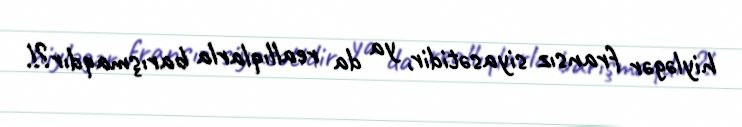
hiyləgər fransız siyasətidir, ya da reallıqlarla barışmaqdır?!.